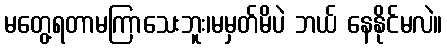
မတွေ့ရတာမကြာသေးဘူး၊မမှတ်မိပဲ ဘယ် နေနိုင်မလဲ။